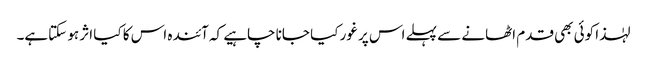
لہٰذا کوئی بھی قدم اٹھانے سے پہلے اس پر غور کیا جانا چاہیے کہ آئندہ اس کا کیا اثر ہو سکتاہے۔